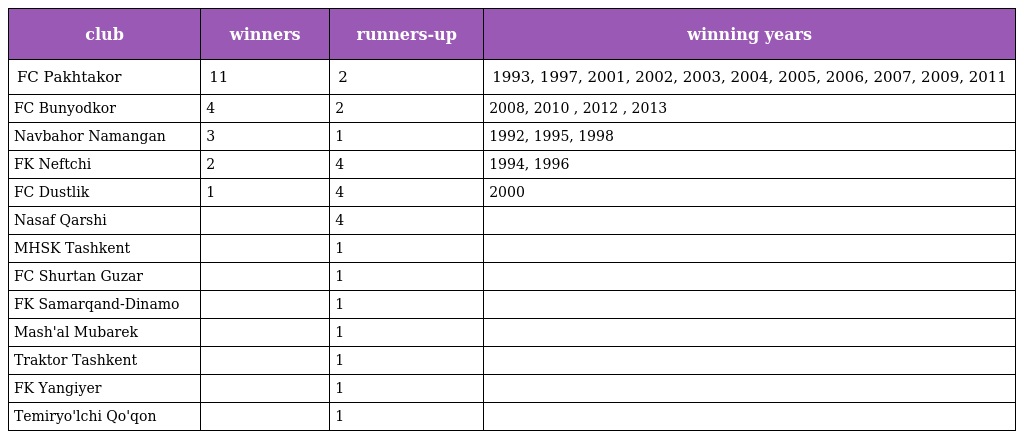
| club | winners | runners-up | winning years |
 | --- | --- | --- | --- |
 | FC Pakhtakor | 11 | 2 | 1993, 1997, 2001, 2002, 2003, 2004, 2005, 2006, 2007, 2009, 2011 |
 | FC Bunyodkor | 4 | 2 | 2008, 2010 , 2012 , 2013 |
 | Navbahor Namangan | 3 | 1 | 1992, 1995, 1998 |
 | FK Neftchi | 2 | 4 | 1994, 1996 |
 | FC Dustlik | 1 | 4 | 2000 |
 | Nasaf Qarshi |  | 4 |  |
 | MHSK Tashkent |  | 1 |  |
 | FC Shurtan Guzar |  | 1 |  |
 | FK Samarqand-Dinamo |  | 1 |  |
 | Mash'al Mubarek |  | 1 |  |
 | Traktor Tashkent |  | 1 |  |
 | FK Yangiyer |  | 1 |  |
 | Temiryo'lchi Qo'qon |  | 1 |  |